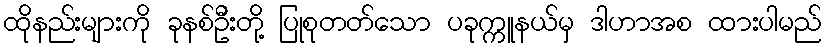
ထိုနည်းများကို ခုနစ်ဦးတို့ ပြုစုတတ်သော ပခုက္ကူနယ်မှ ဒါဟာအစ ထားပါမည်